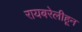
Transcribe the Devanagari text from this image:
रायबरेलीहून